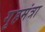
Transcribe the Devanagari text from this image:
गृहमंत्रा